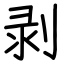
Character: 剥